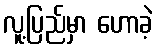
လူ့ပြည်မှာ ဟောခဲ့